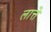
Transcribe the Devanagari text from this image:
लात्ते